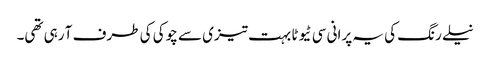
نیلے رنگ کی یہ پرانی سی ٹیوٹا بہت تیزی سے چوکی کی طرف آ رہی تھی۔